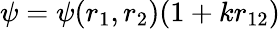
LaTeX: \psi=\psi(r_{1},r_{2})(1+kr_{12})